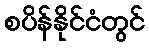
စပိန်နိုင်ငံတွင်